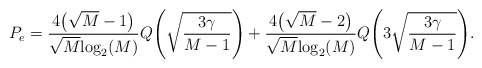
\begin{align*}P_e=\frac{4\big(\sqrt{M}-1\big)}{\sqrt{M}\mathrm{log}_2(M)}{Q} \Bigg(\sqrt{\frac{3\gamma}{M-1}}\Bigg)+\frac{4\big(\sqrt{M}-2\big)}{\sqrt{M}\mathrm{log}_2(M)}{Q} \Bigg(3\sqrt{\frac{3\gamma}{M-1}}\Bigg).\end{align*}